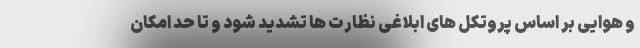
و هوایی بر اساس پروتکل های ابلاغی نظارت ها تشدید شود و تا حد امکان